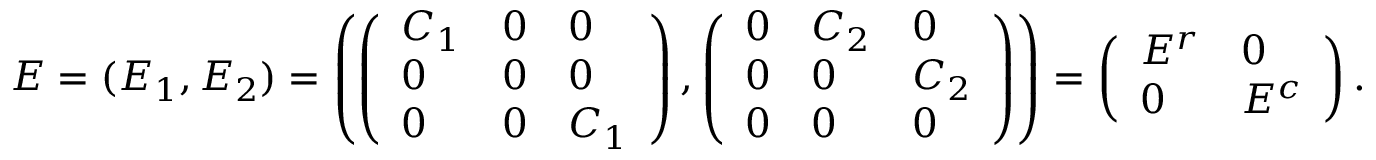
E = ( E _ { 1 } , E _ { 2 } ) = \left( \left( \begin{array} { l l l } { C _ { 1 } } & { 0 } & { 0 } \\ { 0 } & { 0 } & { 0 } \\ { 0 } & { 0 } & { C _ { 1 } } \end{array} \right) , \left( \begin{array} { l l l } { 0 } & { C _ { 2 } } & { 0 } \\ { 0 } & { 0 } & { C _ { 2 } } \\ { 0 } & { 0 } & { 0 } \end{array} \right) \right) = \left( \begin{array} { l l } { E ^ { r } } & { 0 } \\ { 0 } & { E ^ { c } } \end{array} \right) .